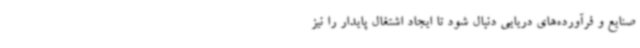
صنایع و فرآورده‌های دریایی دنبال شود تا ایجاد اشتغال پایدار را نیز